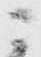
ニ